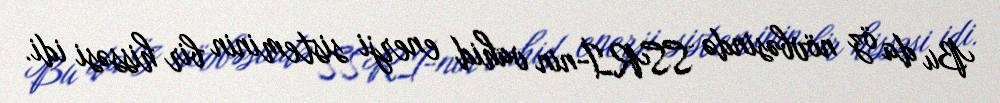
Bu da öz növbəsində SSRİ-nin vahid enerji sisteminin bir hissəsi idi.